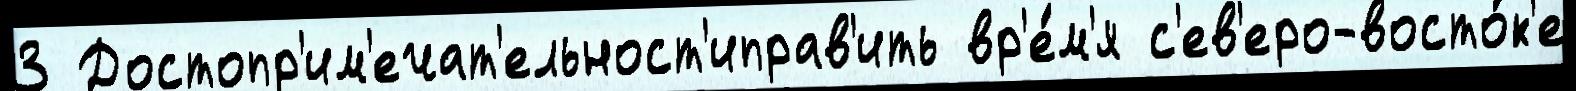
3 Достопр'им'ечат'ельност'иправ'ить вр'е́м'я с'ев'еро-восто́к'е